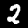
Digit: 2